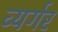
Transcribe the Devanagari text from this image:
व्यर्गर